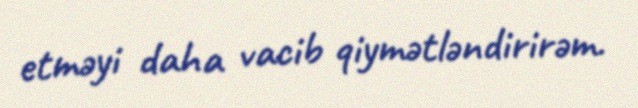
etməyi daha vacib qiymətləndirirəm.